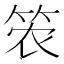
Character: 𮅎